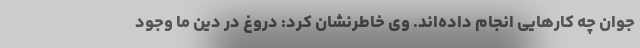
جوان چه کارهایی انجام داده‌اند. وی خاطرنشان کرد: دروغ در دین ما وجود